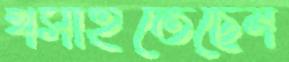
খসাইতেছেন